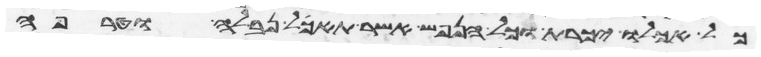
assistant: כל אכלו יכרת וכל הנפש אשר תאכל נבלה וטרפה